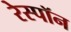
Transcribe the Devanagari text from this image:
रेस्पॉन